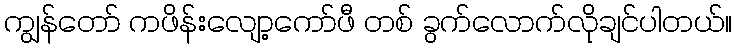
ကျွန်တော် ကဖိန်းလျော့ကော်ဖီ တစ် ခွက်လောက်လိုချင်ပါတယ်။